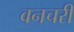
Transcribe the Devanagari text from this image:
वनचरी